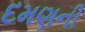
દમણની